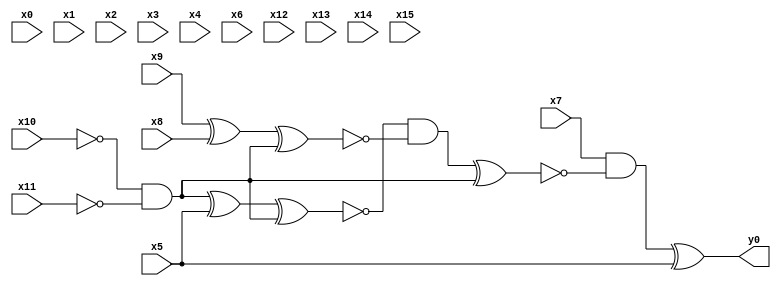
module top( x0 , x1 , x2 , x3 , x4 , x5 , x6 , x7 , x8 , x9 , x10 , x11 , x12 , x13 , x14 , x15 , y0 );
  input x0 , x1 , x2 , x3 , x4 , x5 , x6 , x7 , x8 , x9 , x10 , x11 , x12 , x13 , x14 , x15 ;
  output y0 ;
  wire n17 , n18 , n19 , n20 , n21 , n22 , n23 , n24 , n25 ;
  assign n17 = ~x10 & ~x11 ;
  assign n18 = n17 ^ x5 ;
  assign n19 = n18 ^ n17 ;
  assign n20 = x9 ^ x8 ;
  assign n21 = n20 ^ n17 ;
  assign n22 = ~n19 & ~n21 ;
  assign n23 = n22 ^ n17 ;
  assign n24 = x7 & ~n23 ;
  assign n25 = n24 ^ x5 ;
  assign y0 = n25 ;
endmodule